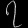
Digit: ၇